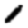
Digit: 1